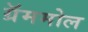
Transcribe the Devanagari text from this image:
ग्रॅममोल